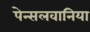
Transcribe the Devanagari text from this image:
पेन्सलवानिया